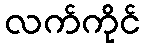
လက်ကိုင်